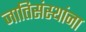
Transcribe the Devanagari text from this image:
जातिसंस्थांना